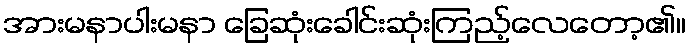
အားမနာပါးမနာ ခြေဆုံးခေါင်းဆုံးကြည့်လေတော့၏။